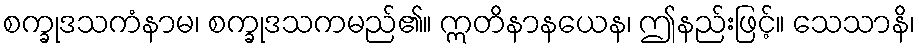
စက္ခုဒသကံနာမ၊ စက္ခုဒသကမည်၏။ ဣတိနာနယေန၊ ဤနည်းဖြင့်။ သေသာနိ၊